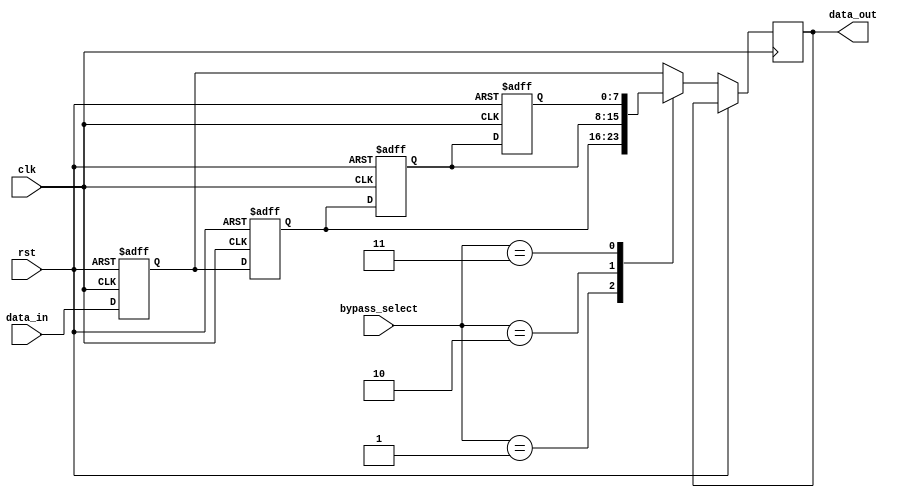
module Bypass_Register (
  input wire clk,
  input wire rst,
  input wire [3:0] bypass_select,
  input wire [7:0] data_in,
  output reg [7:0] data_out
);

reg [7:0] reg0, reg1, reg2, reg3;

always @(posedge clk or posedge rst) begin
  if (rst) begin
    reg0 <= 8'h0;
    reg1 <= 8'h0;
    reg2 <= 8'h0;
    reg3 <= 8'h0;
  end else begin
    case(bypass_select)
      4'b0000: data_out <= reg0;
      4'b0001: data_out <= reg1;
      4'b0010: data_out <= reg2;
      4'b0011: data_out <= reg3;
      default: data_out <= reg0;
    endcase
    reg0 <= data_in;
    reg1 <= reg0;
    reg2 <= reg1;
    reg3 <= reg2;
  end
end

endmodule